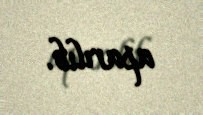
aparılıb.